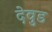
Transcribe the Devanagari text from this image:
देवुड